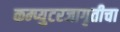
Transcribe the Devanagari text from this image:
कम्प्युटरजागृतीचा